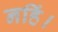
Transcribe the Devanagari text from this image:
नहिं।